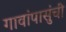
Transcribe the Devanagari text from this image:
गावांपासुंची